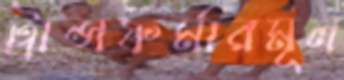
ট্রান্সফর্মারমূল